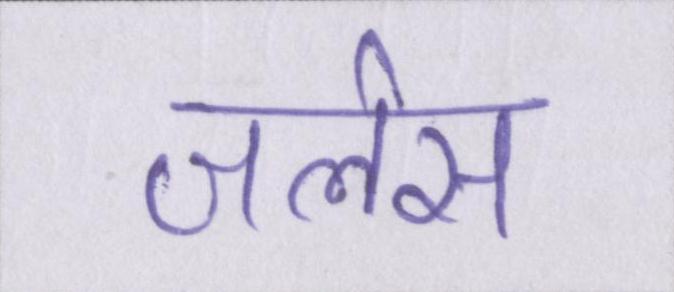
जलेस